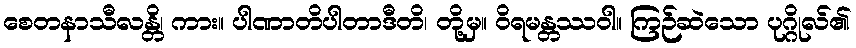
စေတနာသီလန္တိ၊ ကား။ ပါဏာတိပါတာဒီတိ၊ တို့မှ။ ဝိရမန္တဿဝါ။ ကြဉ်ဆဲသော ပုဂ္ဂိုလ်၏